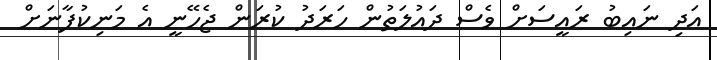
އަދި ނައިބު ރައީސަށް ވެސް ދައުލަތުން ހަރަދު ކުރަން ޖެހޭނީ އެ މަނިކުފާނަށް